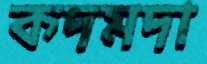
কদমদা